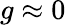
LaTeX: g\approx 0